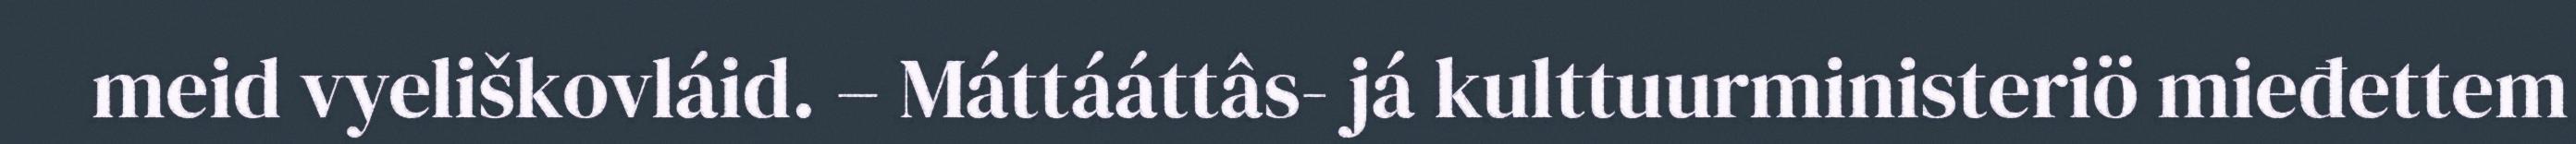
meid vyeliškovláid. – Máttááttâs- já kulttuurministeriö mieđettem